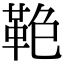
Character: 𩊋